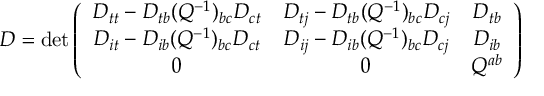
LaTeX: D = \operatorname * { d e t } \left( \begin{array} { c c c } { { D _ { t t } - D _ { t b } ( Q ^ { - 1 } ) _ { b c } D _ { c t } } } & { { D _ { t j } - D _ { t b } ( Q ^ { - 1 } ) _ { b c } D _ { c j } } } & { { D _ { t b } } } \\ { { D _ { i t } - D _ { i b } ( Q ^ { - 1 } ) _ { b c } D _ { c t } } } & { { D _ { i j } - D _ { i b } ( Q ^ { - 1 } ) _ { b c } D _ { c j } } } & { { D _ { i b } } } \\ { { 0 } } & { { 0 } } & { { Q ^ { a b } } } \end{array} \right)